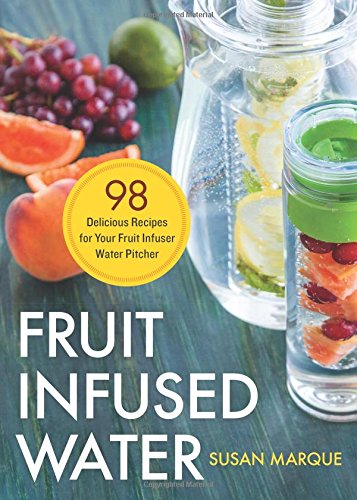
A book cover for Fruit Infused Water:: 98 Delicious Recipes for Your Fruit Infuser Water Pitcher; Susan Marque; Cookbooks, Food & Wine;